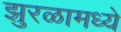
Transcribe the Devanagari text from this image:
झुरळामध्ये